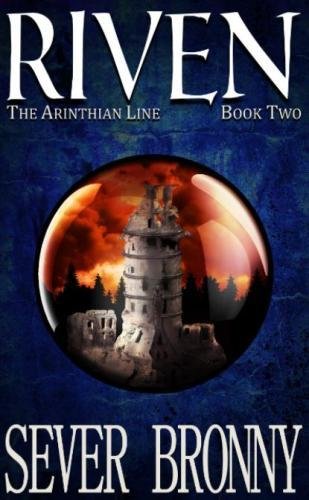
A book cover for Riven (The Arinthian Line) (Volume 2); Sever Bronny; Science Fiction & Fantasy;